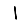
Digit: 1